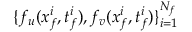
\{ f _ { u } ( x _ { f } ^ { i } , t _ { f } ^ { i } ) , f _ { v } ( x _ { f } ^ { i } , t _ { f } ^ { i } ) \} _ { i = 1 } ^ { N _ { f } }